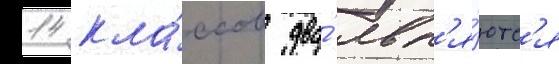
14 кла́ссов два́ явл'я́ютс'я